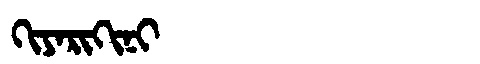
Manchu: ᡴᡳᠶᠠᡵᡳᡴᡳᠨᡳ
Romanization: KIYARIKINI